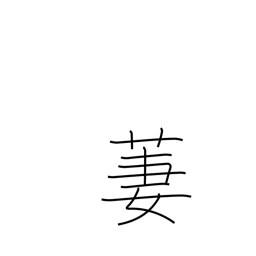
Meaning: beautiful